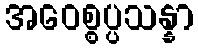
အဝေစ္စပ္ပသန္နာ